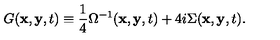
G ( { \bf x } , { \bf y } , t ) \equiv \frac { 1 } { 4 } \Omega ^ { - 1 } ( { \bf x } , { \bf y } , t ) + 4 i \Sigma ( { \bf x } , { \bf y } , t ) .